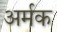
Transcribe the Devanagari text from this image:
अर्मक